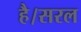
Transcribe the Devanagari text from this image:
है।सरल